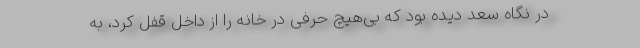
در نگاه سعد دیده بود که بی‌هیچ حرفی در خانه را از داخل قفل کرد، به